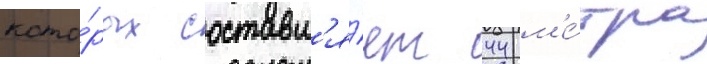
кото́рых составл'я́ет 44 м'е́тра